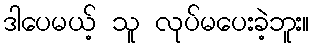
ဒါပေမယ့် သူ လုပ်မပေးခဲ့ဘူး။